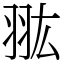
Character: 𦐌